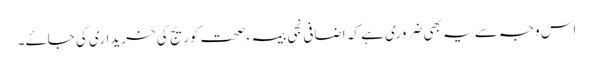
اس وجہ سے یہ بھی ضروری ہے کہ اضافی نجی بیمہء صحت کوریج کی خریداری کی جاۓ ۔